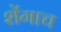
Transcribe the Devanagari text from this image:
शेंगाच